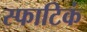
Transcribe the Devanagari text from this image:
स्फाटिकं